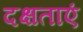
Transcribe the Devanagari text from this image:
दक्षताएं